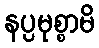
နပ္ပမုစ္စာမိ